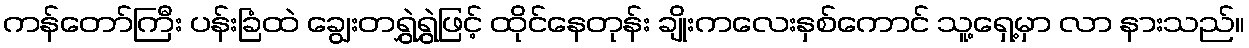
ကန်တော်ကြီး ပန်းခြံထဲ ချွေးတရွှဲရွှဲဖြင့် ထိုင်နေတုန်း ချိုးကလေးနှစ်ကောင် သူ့ရှေ့မှာ လာ နားသည်။